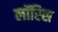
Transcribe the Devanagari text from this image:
लॉरिस